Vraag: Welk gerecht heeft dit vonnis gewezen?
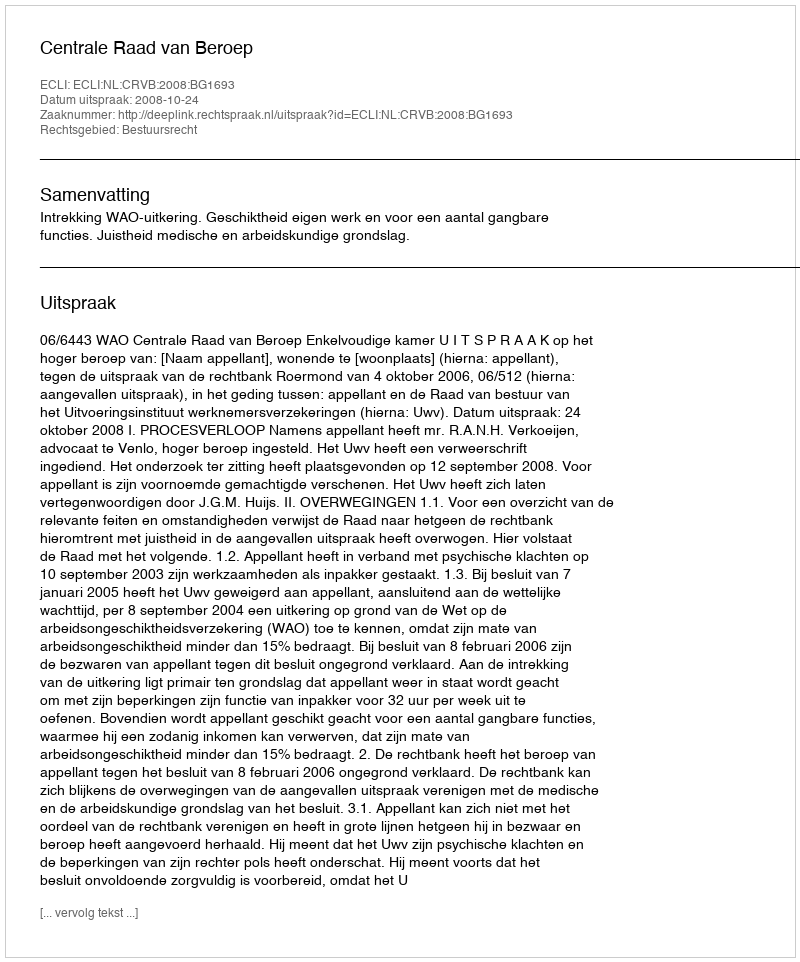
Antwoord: Centrale Raad van Beroep